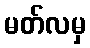
မတ်လမှ